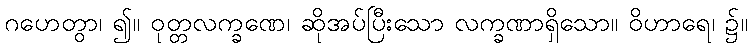
ဂဟေတွာ၊ ၍။ ဝုတ္တလက္ခဏေ၊ ဆိုအပ်ပြီးသော လက္ခဏာရှိသော။ ဝိဟာရေ၊ ၌။